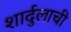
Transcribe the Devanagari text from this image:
शार्दुलाची